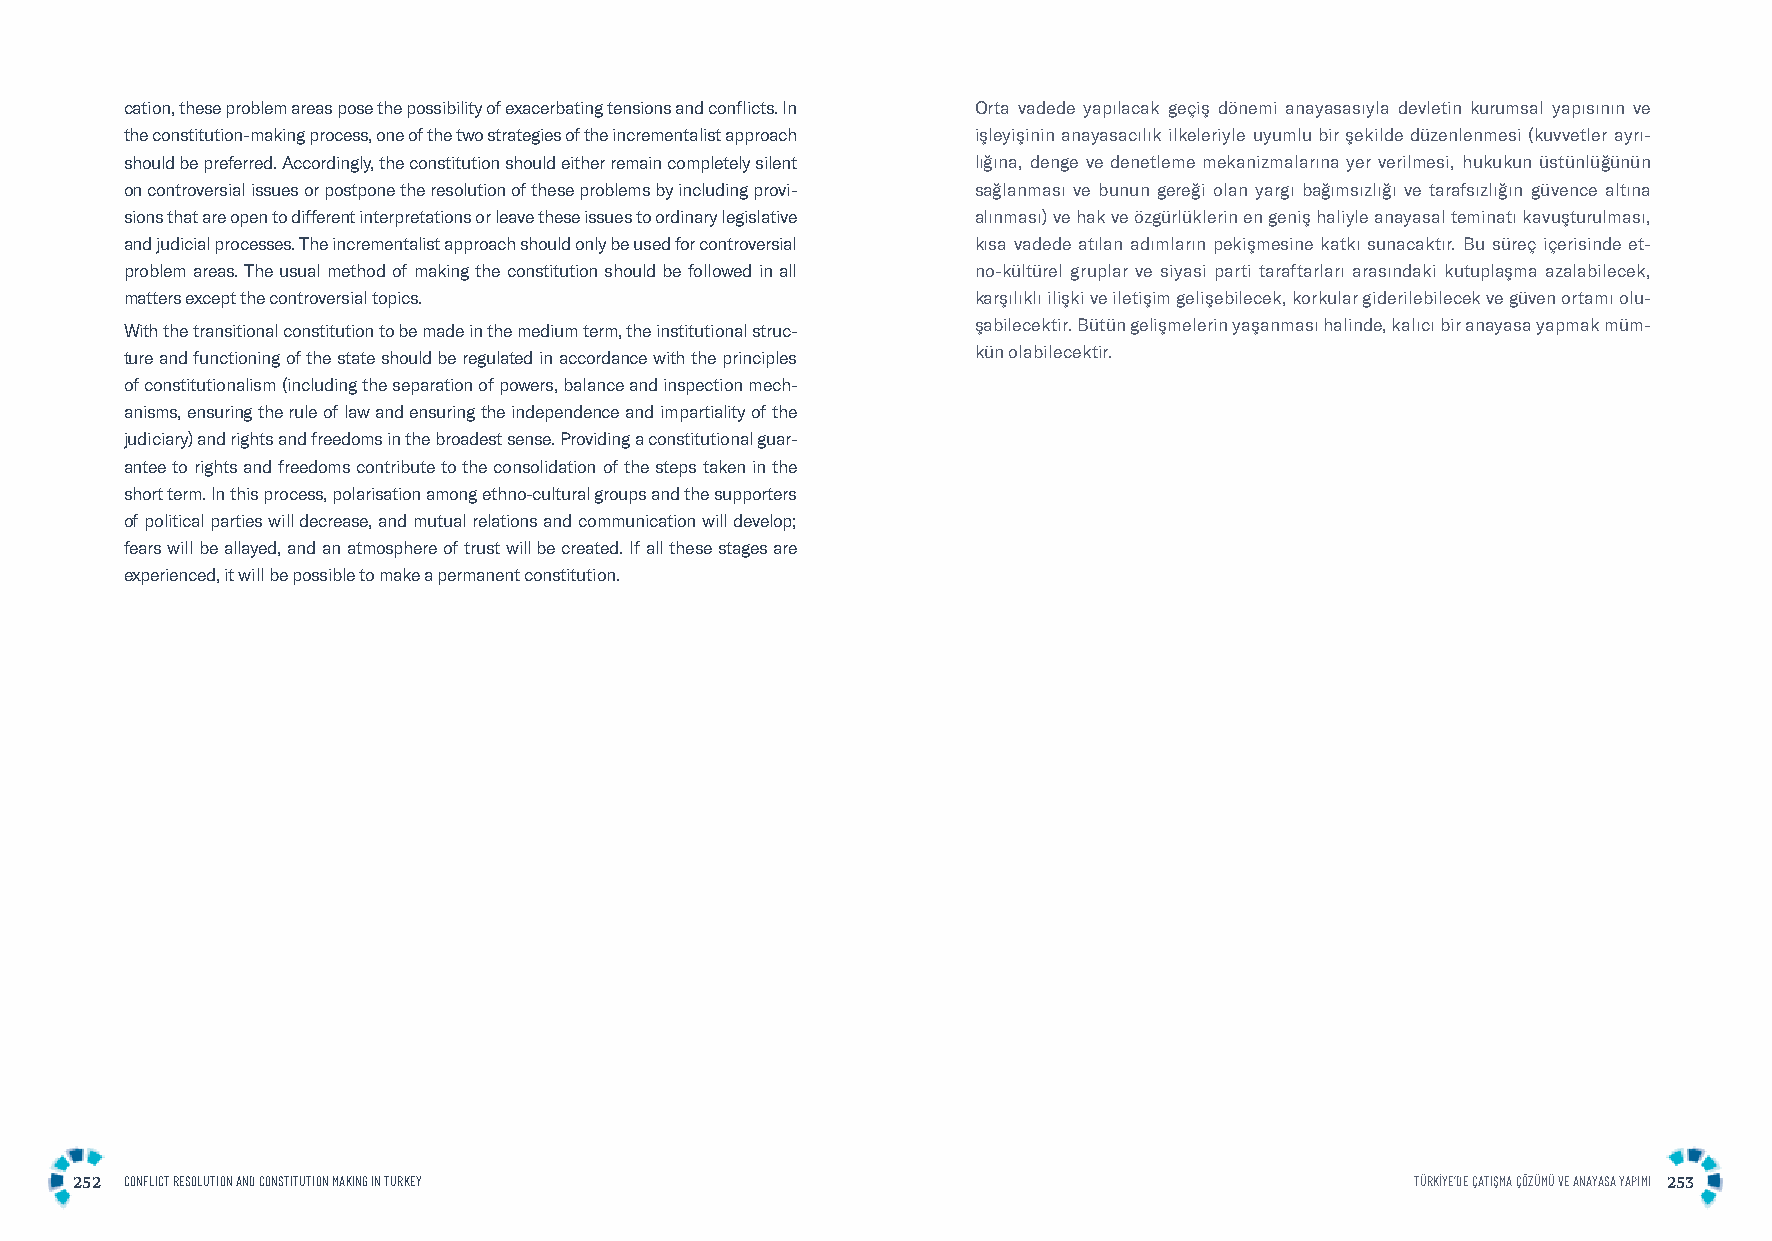
cation, these problem areas pose the possibility of exacerbating tensions and conflicts. In Orta vadede yapılacak geçiş dönemi anayasasıyla devletin kurumsal yapısının ve
 the constitution-making process, one of the two strategies of the incrementalist approach işleyişinin anayasacılık ilkeleriyle uyumlu bir şekilde düzenlenmesi (kuvvetler ayrı-
 should be preferred. Accordingly, the constitution should either remain completely silent lığına, denge ve denetleme mekanizmalarına yer verilmesi, hukukun üstünlüğünün
 on controversial issues or postpone the resolution of these problems by including provi- sağlanması ve bunun gereği olan yargı bağımsızlığı ve tarafsızlığın güvence altına
 sions that are open to different interpretations or leave these issues to ordinary legislative alınması) ve hak ve özgürlüklerin en geniş haliyle anayasal teminatı kavuşturulması,
 and judicial processes. The incrementalist approach should only be used for controversial kısa vadede atılan adımların pekişmesine katkı sunacaktır. Bu süreç içerisinde et-
 problem areas. The usual method of making the constitution should be followed in all no-kültürel gruplar ve siyasi parti taraftarları arasındaki kutuplaşma azalabilecek,
 matters except the controversial topics.                 karşılıklı ilişki ve iletişim gelişebilecek, korkular giderilebilecek ve güven ortamı olu-
 With the transitional constitution to be made in the medium term, the institutional struc- şabilecektir. Bütün gelişmelerin yaşanması halinde, kalıcı bir anayasa yapmak müm-
 ture and functioning of the state should be regulated in accordance with the principles kün olabilecektir.
 of constitutionalism (including the separation of powers, balance and inspection mech-
 anisms, ensuring the rule of law and ensuring the independence and impartiality of the
 judiciary) and rights and freedoms in the broadest sense. Providing a constitutional guar-
 antee to rights and freedoms contribute to the consolidation of the steps taken in the
 short term. In this process, polarisation among ethno-cultural groups and the supporters
 of political parties will decrease, and mutual relations and communication will develop;
 fears will be allayed, and an atmosphere of trust will be created. If all these stages are
 experienced, it will be possible to make a permanent constitution.
 252 CONFLICT RESOLUTION AND CONSTITUTION MAKING IN TURKEY                                TÜRKİYE’DE ÇATIŞMA ÇÖZÜMÜ VE ANAYASA YAPIMI 253